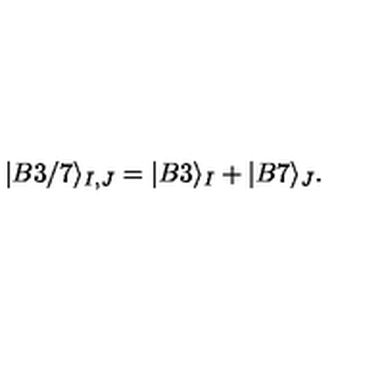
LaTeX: | B 3 / 7 \rangle _ { I , J } = | B 3 \rangle _ { I } + | B 7 \rangle _ { J } .